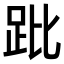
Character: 𧿥